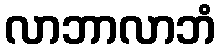
လာဘာလာဘံ